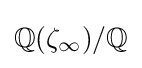
\mathbb {Q} (\zeta _{\infty })/\mathbb {Q}